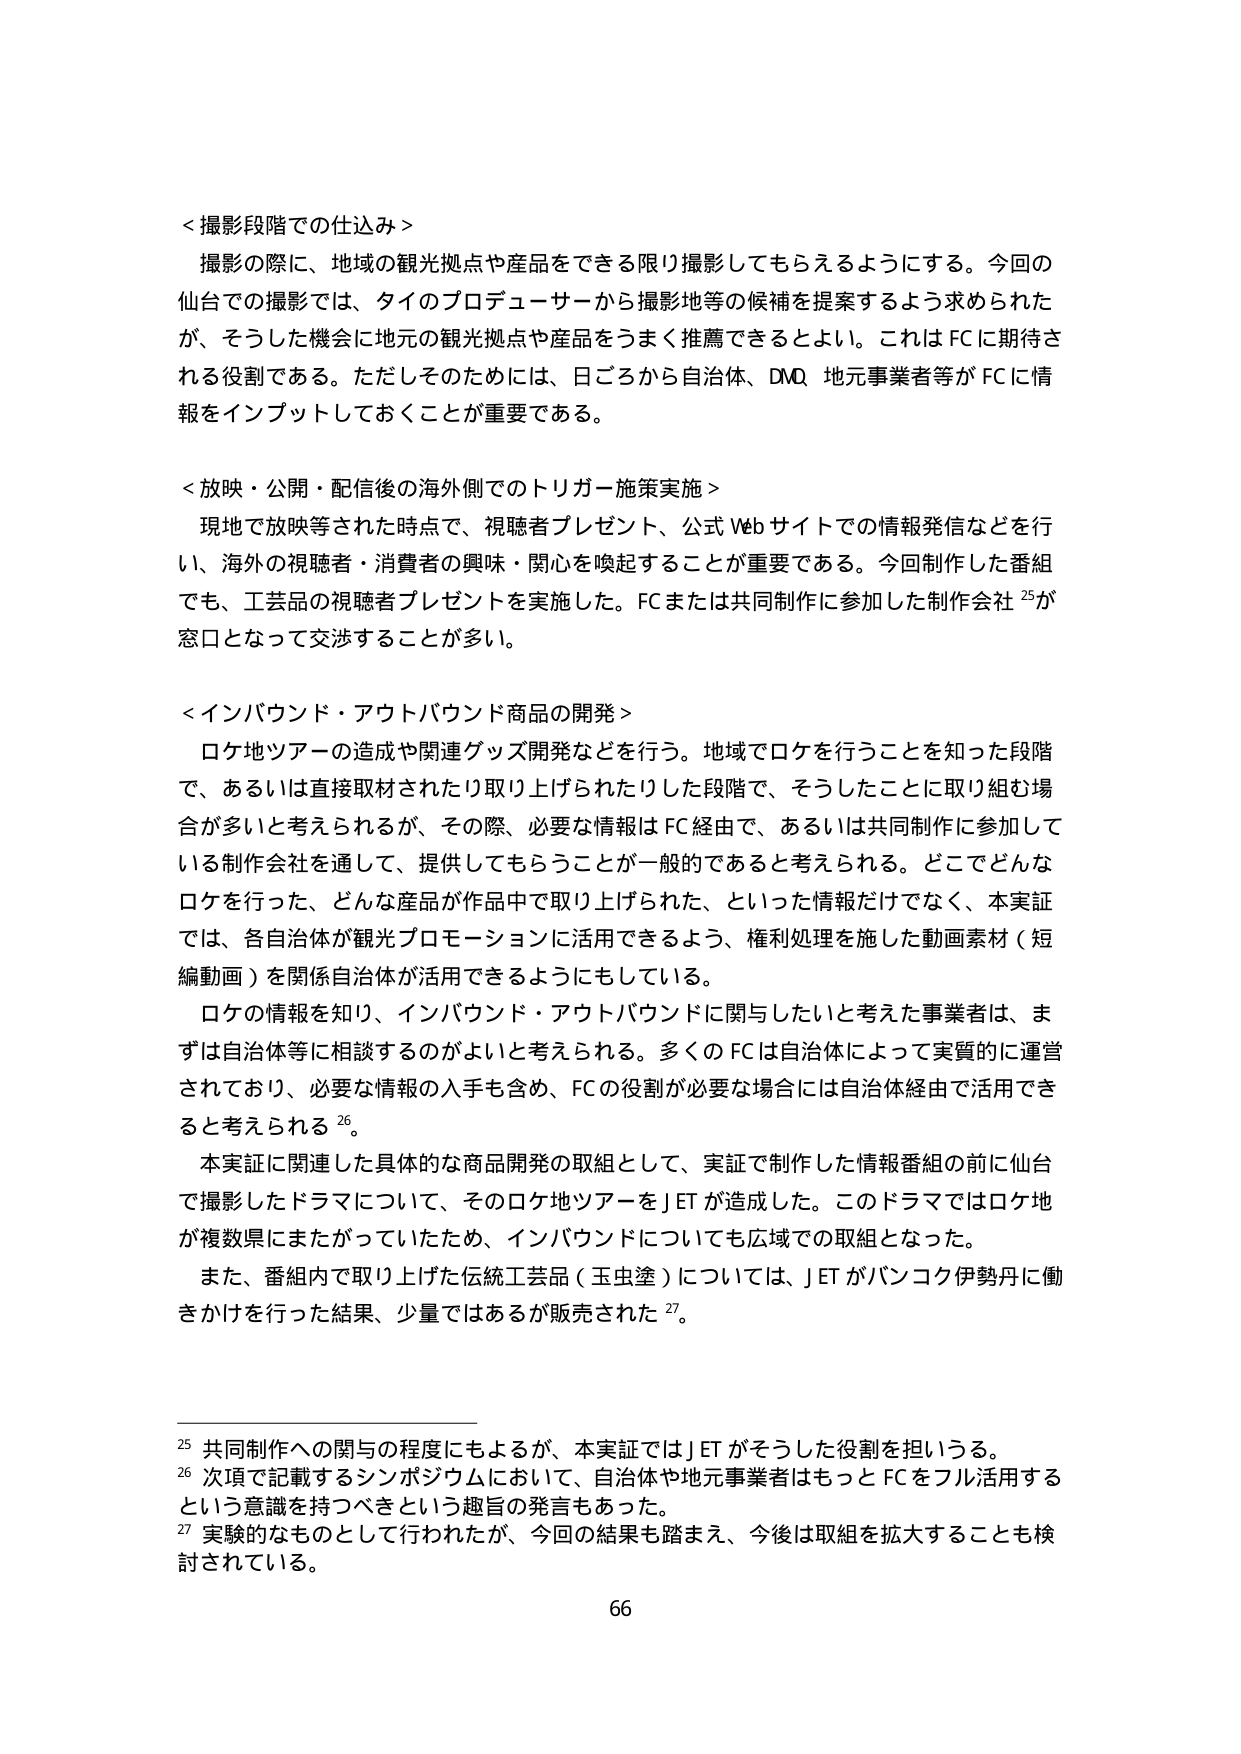
＜撮影段階での仕込み＞
撮影の際に、地域の観光拠点や産品をできる限り撮影してもらえるようにする。今回の仙台での撮影では、タイのプロデューサーから撮影地等の候補を提案するよう求められたが、そうした機会に地元の観光拠点や産品をうまく推薦できるとよい。これはFCに期待される役割である。ただしそのためには、日ごろから自治体、DMO、地元事業者等がFCに情報をインプットしておくことが重要である。

＜放映・公開・配信後の海外側でのトリガー施策実施＞
現地で放映等された時点で、視聴者プレゼント、公式Webサイトでの情報発信などを行い、海外の視聴者・消費者の興味・関心を喚起することが重要である。今回制作した番組でも、工芸品の視聴者プレゼントを実施した。FCまたは共同制作に参加した制作会社25が窓口となって交渉することが多い。

＜インバウンド・アウトバウンド商品の開発＞
ロケ地ツアーの造成や関連グッズ開発などを行う。地域でロケを行うことを知った段階で、あるいは直接取材されたり取り上げられたりした段階で、そうしたことに取り組む場合が多いと考えられるが、その際、必要な情報はFC経由で、あるいは共同制作に参加している制作会社を通して、提供してもらうことが一般的であると考えられる。どこでどんなロケを行った、どんな産品が作品中で取り上げられた、といった情報だけでなく、本実証では、各自治体が観光プロモーションに活用できるよう、権利処理を施した動画素材（短編動画）を関係自治体が活用できるようにもしている。
ロケの情報を知り、インバウンド・アウトバウンドに関与したいと考えた事業者は、まずは自治体等に相談するのがよいと考えられる。多くのFCは自治体によって実質的に運営されており、必要な情報の入手も含め、FCの役割が必要な場合には自治体経由で活用できると考えられる26。
本実証に関連した具体的な商品開発の取組として、実証で制作した情報番組の前に仙台で撮影したドラマについて、そのロケ地ツアーをJETが造成した。このドラマではロケ地が複数県にまたがっていたため、インバウンドについても広域での取組となった。
また、番組内で取り上げた伝統工芸品（玉虫塗）については、JETがバンコク伊勢丹に働きかけを行った結果、少量ではあるが販売された27。

25 共同制作への関与の程度にもよるが、本実証ではJETがそうした役割を担いうる。
26 次項で記載するシンポジウムにおいて、自治体や地元事業者はもっとFCをフル活用するという意識を持つべきという趣旨の発言もあった。
27 実験的なものとして行われたが、今回の結果も踏まえ、今後は取組を拡大することも検討されている。

66